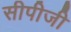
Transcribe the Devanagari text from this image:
सीपीजी